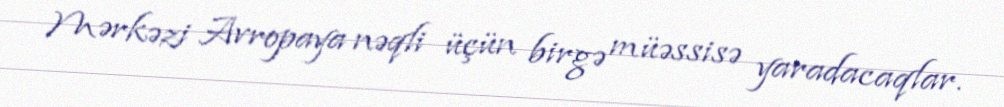
Mərkəzi Avropaya nəqli üçün birgə müəssisə yaradacaqlar.